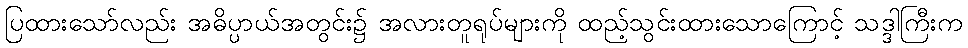
ပြထားသော်လည်း အဓိပ္ပာယ်အတွင်း၌ အလားတူရုပ်များကို ထည့်သွင်းထားသောကြောင့် သဒ္ဒါကြီးက